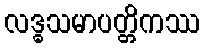
လဒ္ဓသမာပတ္တိကဿ